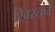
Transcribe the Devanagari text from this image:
ख्रिस्तने